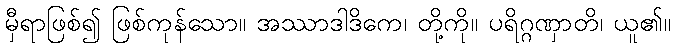
မှီရာဖြစ်၍ ဖြစ်ကုန်သော။ အဿာဒါဒိကေ၊ တို့ကို။ ပရိဂ္ဂဏှာတိ၊ ယူ၏။